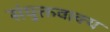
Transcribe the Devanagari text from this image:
संयुक्तवाक्य